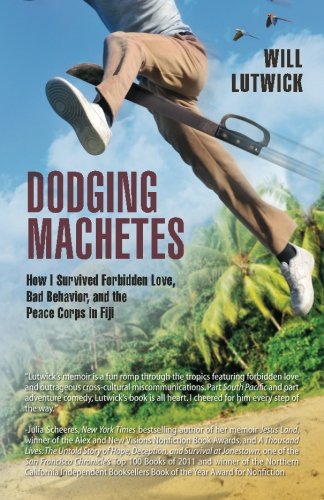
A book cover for Dodging Machetes: How I Survived Forbidden Love, Bad Behavior, and the Peace Corps in Fiji; Will Lutwick; History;